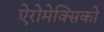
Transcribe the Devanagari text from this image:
ऐरोमेक्सिको